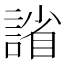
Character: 𫍂